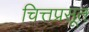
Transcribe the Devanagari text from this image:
चित्तप्रसूत